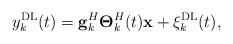
LaTeX: \begin{align*}y^{\rm DL}_k(t)={\bf g}^H_k \boldsymbol{\Theta}^H_k(t) {\bf x}+\xi^{\rm DL}_k(t),\end{align*}